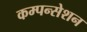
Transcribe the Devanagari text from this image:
कम्पन्सेशन